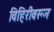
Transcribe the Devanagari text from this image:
विहिरीवरून